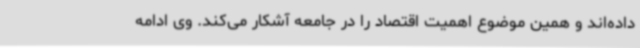
داده‌اند و همین موضوع اهمیت اقتصاد را در جامعه آشکار می‌کند. وی ادامه